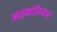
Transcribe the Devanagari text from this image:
आइवाज़ियन